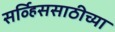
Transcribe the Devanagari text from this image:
सर्व्हिससाठीच्या